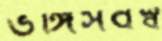
ভঙ্গিসর্বস্ব